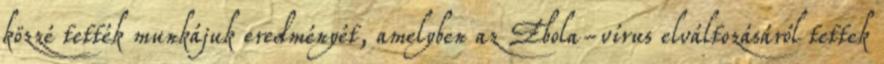
közzé tették munkájuk eredményét, amelyben az Ebola-vírus elváltozásáról tettek